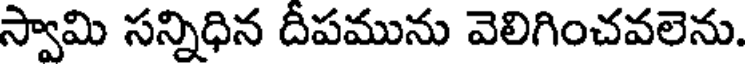
స్వామి సన్నిధిన దీపమును వెలిగించవలెను.